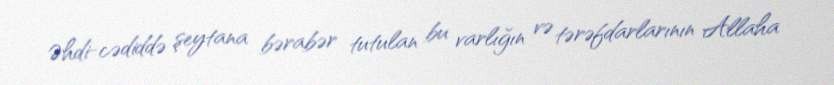
Əhdi-cədiddə şeytana bərabər tutulan bu varlığın və tərəfdarlarının Allaha